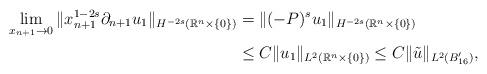
LaTeX: \begin{align*}\lim_{x_{n+1}\rightarrow0}\|x_{n+1}^{1-2s}\partial_{n+1}u_{1}\|_{H^{-2s}(\mathbb{R}^{n}\times\{0\})} & =\|(-P)^{s}u_{1}\|_{H^{-2s}(\mathbb{R}^{n}\times\{0\})} \\ & \le C\|u_{1}\|_{L^{2}(\mathbb{R}^{n}\times\{0\})}\le C\|\tilde{u}\|_{L^{2}(B_{16}')},\end{align*}